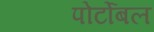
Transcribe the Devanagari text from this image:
पोर्टोबल